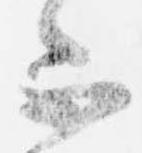
不